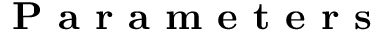
\textbf { P a r a m e t e r s }